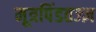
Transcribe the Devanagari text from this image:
मूत्रपिंडतज्‍ज्ञ